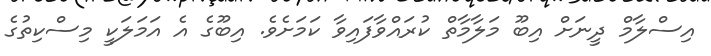
އިސްލާމް ދީނަށް އިބޫ މަލާމާތް ކުރައްވާފައިވާ ކަމަށެވެ. އިބޫގެ އެ އަމަލަކީ މިސްކިތުގެ